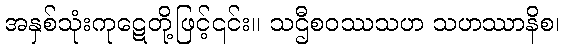
အနှစ်သုံးကုဋေတို့ဖြင့်၎င်း။ သဌီစဝဿသဟ သဟဿာနိစ၊